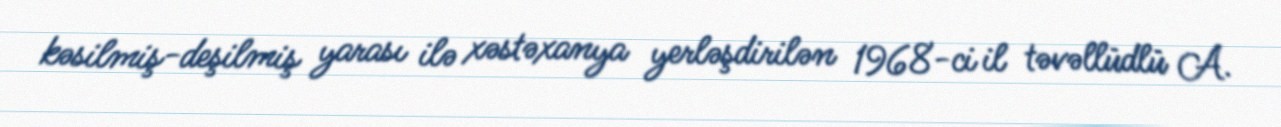
kəsilmiş-deşilmiş yarası ilə xəstəxanya yerləşdirilən 1968-ci il təvəllüdlü A.